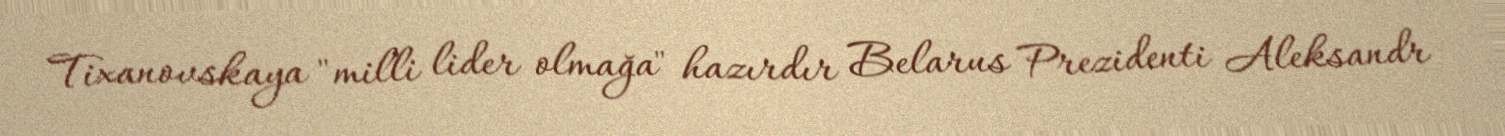
Tixanovskaya "milli lider olmağa" hazırdır Belarus Prezidenti Aleksandr